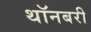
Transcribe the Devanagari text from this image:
थॉनबरी